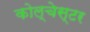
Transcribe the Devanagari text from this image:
कोल्चेस्टर